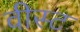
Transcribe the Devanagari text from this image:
वीस्ट